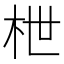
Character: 枻